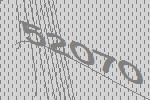
52070